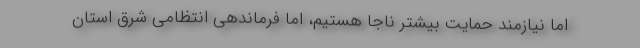
اما نیازمند حمایت بیشتر ناجا هستیم، اما فرماندهی انتظامی شرق استان